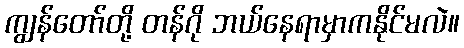
ကျွန်တော်တို့ တန်ဂို ဘယ်နေရာမှာကနိုင်မလဲ။